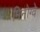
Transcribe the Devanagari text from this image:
मिनोग्वे